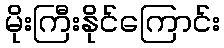
မိုးကြီးနိုင်ကြောင်း